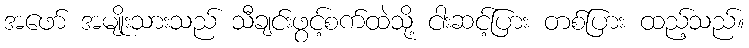
အဖော် အမျိုးသားသည် သီချင်းဖွင့်စက်ထဲသို့ ငါးဆင့်ပြား တစ်ပြား ထည့်သည်။